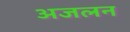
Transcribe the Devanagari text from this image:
अजलन